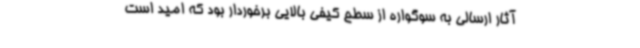
آثار ارسالی به سوگواره از سطح کیفی بالایی برخوردار بود که امید است